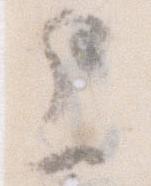
上